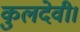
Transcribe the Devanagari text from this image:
कुलदेवी।